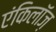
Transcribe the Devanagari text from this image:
एंकिलॉज़